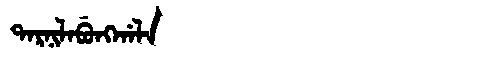
Manchu: ᡨᠠᡵᠨᡳᠯᠠᠪᡠᠩᡤᠠᠯᠠ
Romanization: TARNILABUNGGALA